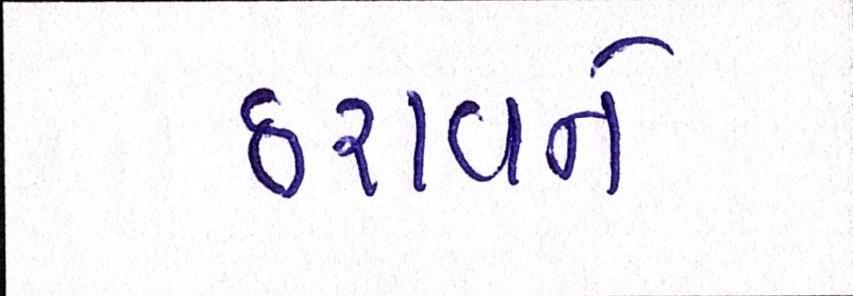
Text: ઠરાવને